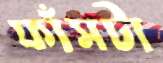
ফাঁসটা